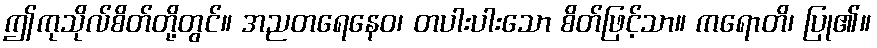
ဤကုသိုလ်စိတ်တို့တွင်။ အညတရေနေဝ၊ တပါးပါးသော စိတ်ဖြင့်သာ။ ကရောတိ၊ ပြု၏။